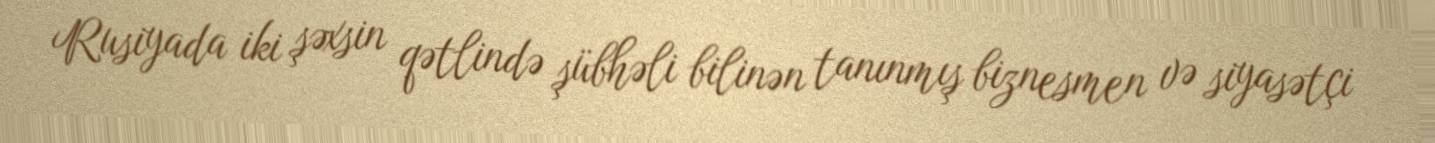
Rusiyada iki şəxsin qətlində şübhəli bilinən tanınmış biznesmen və siyasətçi